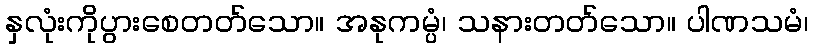
နှလုံးကိုပွားစေတတ်သော။ အနုကမ္ပံ၊ သနားတတ်သော။ ပါဏသမံ၊